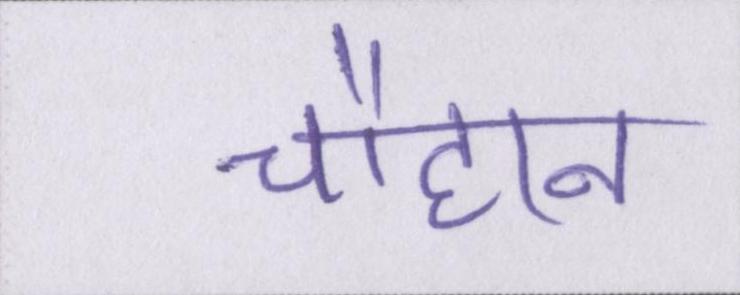
चौहान